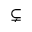
\subsetneq